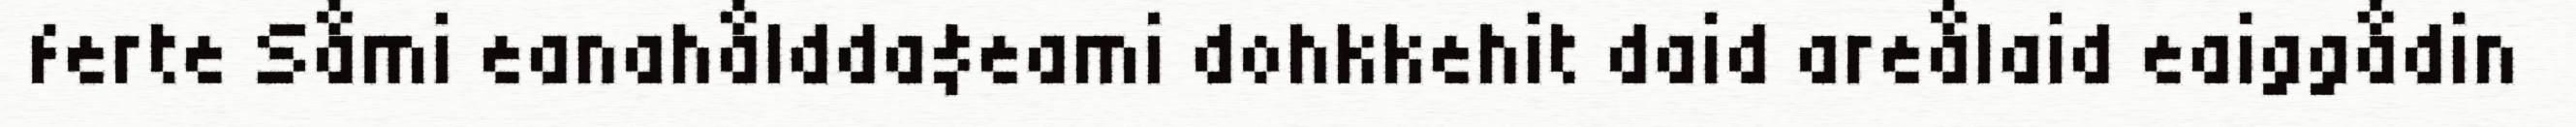
ferte Såmi eanahåldda$eami dohkkehit daid areålaid eaiggådin